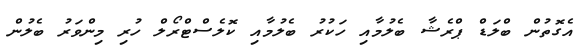
އެގޮތުން ބްލަޑް ޕްރެޝާ ބެލުމާއި ހަކުރު ބެލުމާއި ކޮލެސްޓްރޯލް ހުރި މިންވަރު ބެލުން